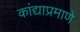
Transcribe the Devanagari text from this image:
कांद्याप्रमाणे